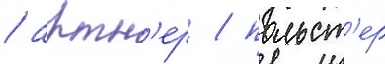
/ артн'ер / польст'ер